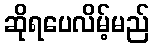
ဆိုရပေလိမ့်မည်